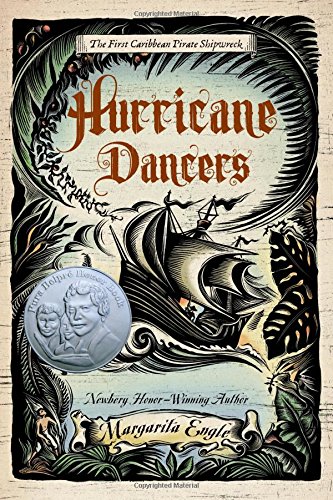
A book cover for Hurricane Dancers: The First Caribbean Pirate Shipwreck; Margarita Engle; Teen & Young Adult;